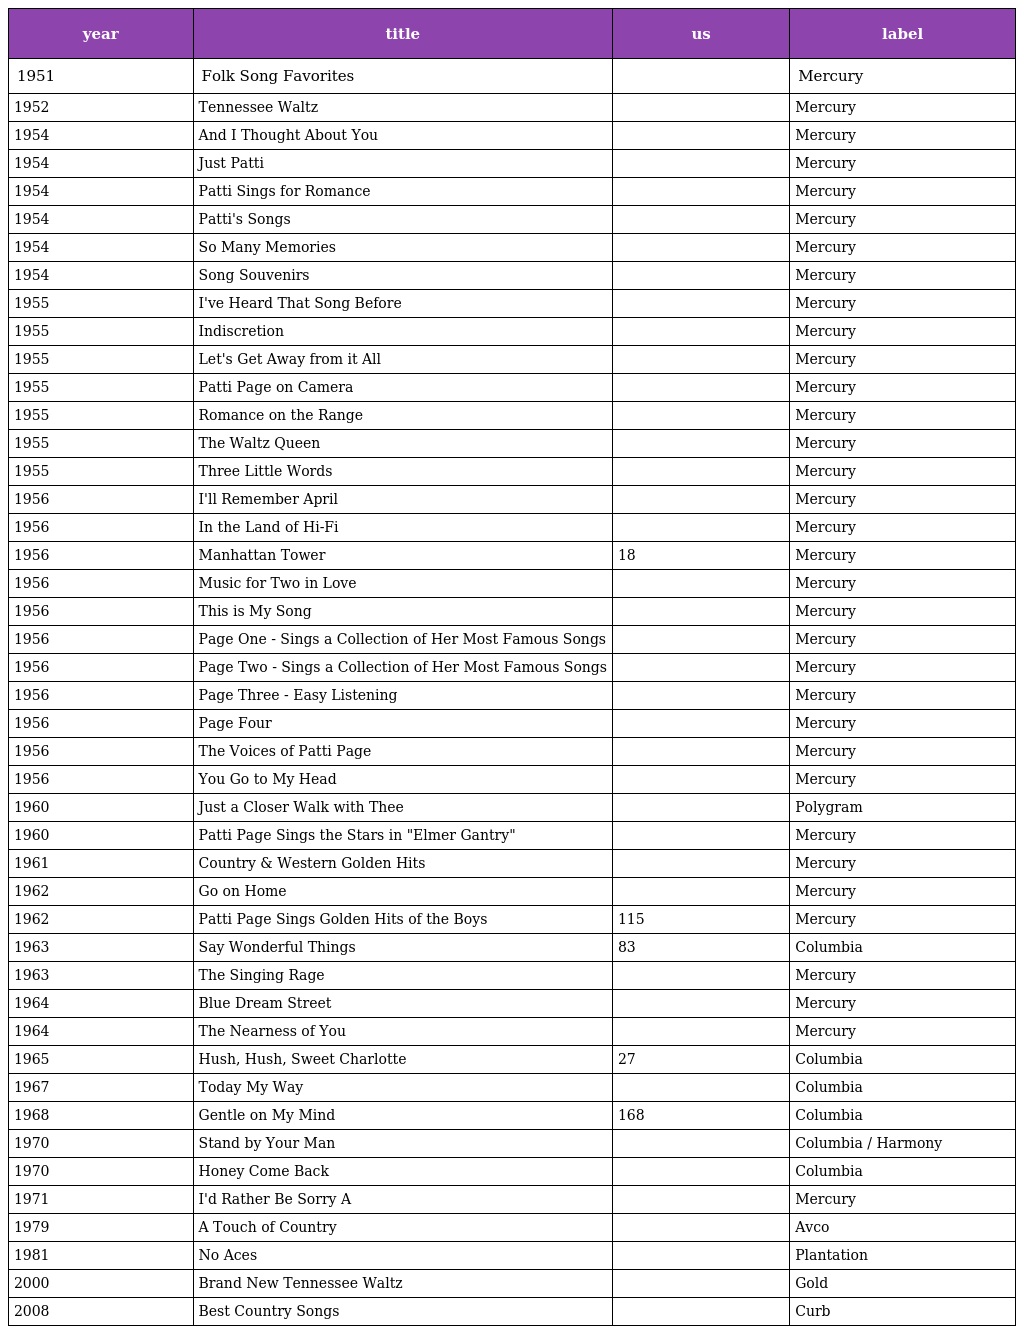
| year | title | us | label |
 | --- | --- | --- | --- |
 | 1951 | Folk Song Favorites |  | Mercury |
 | 1952 | Tennessee Waltz |  | Mercury |
 | 1954 | And I Thought About You |  | Mercury |
 | 1954 | Just Patti |  | Mercury |
 | 1954 | Patti Sings for Romance |  | Mercury |
 | 1954 | Patti's Songs |  | Mercury |
 | 1954 | So Many Memories |  | Mercury |
 | 1954 | Song Souvenirs |  | Mercury |
 | 1955 | I've Heard That Song Before |  | Mercury |
 | 1955 | Indiscretion |  | Mercury |
 | 1955 | Let's Get Away from it All |  | Mercury |
 | 1955 | Patti Page on Camera |  | Mercury |
 | 1955 | Romance on the Range |  | Mercury |
 | 1955 | The Waltz Queen |  | Mercury |
 | 1955 | Three Little Words |  | Mercury |
 | 1956 | I'll Remember April |  | Mercury |
 | 1956 | In the Land of Hi-Fi |  | Mercury |
 | 1956 | Manhattan Tower | 18 | Mercury |
 | 1956 | Music for Two in Love |  | Mercury |
 | 1956 | This is My Song |  | Mercury |
 | 1956 | Page One - Sings a Collection of Her Most Famous Songs |  | Mercury |
 | 1956 | Page Two - Sings a Collection of Her Most Famous Songs |  | Mercury |
 | 1956 | Page Three - Easy Listening |  | Mercury |
 | 1956 | Page Four |  | Mercury |
 | 1956 | The Voices of Patti Page |  | Mercury |
 | 1956 | You Go to My Head |  | Mercury |
 | 1960 | Just a Closer Walk with Thee |  | Polygram |
 | 1960 | Patti Page Sings the Stars in "Elmer Gantry" |  | Mercury |
 | 1961 | Country & Western Golden Hits |  | Mercury |
 | 1962 | Go on Home |  | Mercury |
 | 1962 | Patti Page Sings Golden Hits of the Boys | 115 | Mercury |
 | 1963 | Say Wonderful Things | 83 | Columbia |
 | 1963 | The Singing Rage |  | Mercury |
 | 1964 | Blue Dream Street |  | Mercury |
 | 1964 | The Nearness of You |  | Mercury |
 | 1965 | Hush, Hush, Sweet Charlotte | 27 | Columbia |
 | 1967 | Today My Way |  | Columbia |
 | 1968 | Gentle on My Mind | 168 | Columbia |
 | 1970 | Stand by Your Man |  | Columbia / Harmony |
 | 1970 | Honey Come Back |  | Columbia |
 | 1971 | I'd Rather Be Sorry A |  | Mercury |
 | 1979 | A Touch of Country |  | Avco |
 | 1981 | No Aces |  | Plantation |
 | 2000 | Brand New Tennessee Waltz |  | Gold |
 | 2008 | Best Country Songs |  | Curb |